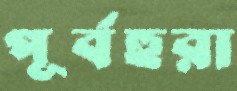
পূর্বহুরা